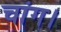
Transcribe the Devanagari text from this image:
चांग।